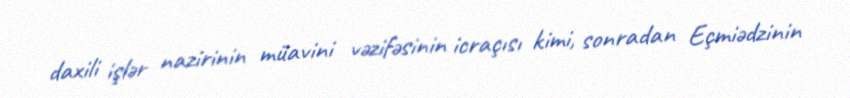
daxili işlər nazirinin müavini vəzifəsinin icraçısı kimi, sonradan Eçmiədzinin